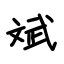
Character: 斌